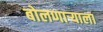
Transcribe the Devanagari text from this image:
बोलणाऱ्याला